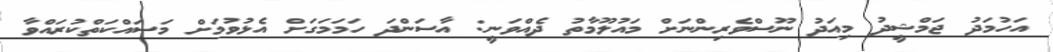
އަހުމަދު ޖަމްޝީދު މިއަދު ނޫސްވެރިންނަށް މައުލޫމާތު ދެއްވަނީ: އާސަންދަ ހަމަމަގަށް އެޅުވުމަށް މަސައްކަތްކުރައްވާ